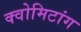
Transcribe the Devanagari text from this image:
क्वोमिटांग